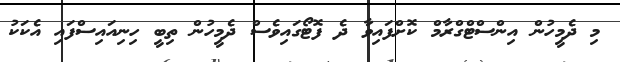
މި ދެމީހުން އިންސްޓްގްރާމް ކޮށްފައިވާ ދެ ފޮޓޯގައިވެސް ދެމީހުން ތިބީ ހިނިއައިސްފައި އެކަކު